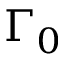
\Gamma _ { 0 }